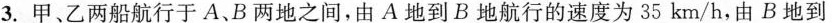
3. 甲、乙两船航行于A.B两地之间，由A地到B地航行的速度为 35 km/h，由B地到